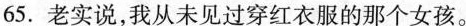
65.老实说,我从未见过穿红衣服的那个女孩。